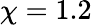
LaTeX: \chi=1.2